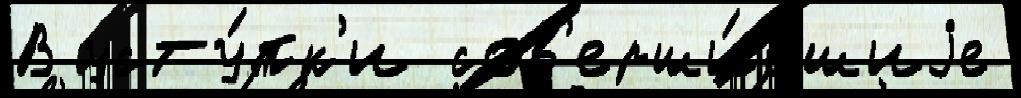
В усту́пк'и сов'ерши́вшиjе